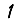
Digit: 1